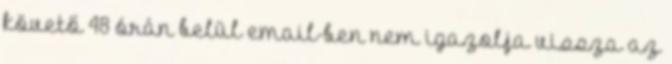
követő 48 órán belül email-ben nem igazolja vissza az